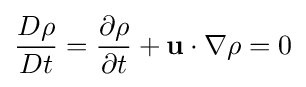
{\frac {D\rho }{Dt}}={\frac {\partial \rho }{\partial t}}+\mathbf {u} \cdot \nabla \rho =0